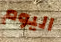
اليوم